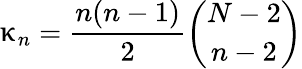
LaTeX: \upkappa_{n}=\frac{n(n-1)}{2}\binom{N-2}{n-2}